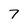
Character: 7